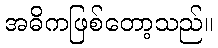
အဓိကဖြစ်တော့သည်။